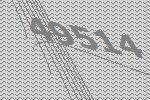
49514